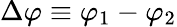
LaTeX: \Delta\varphi\equiv\varphi_{1}-\varphi_{2}